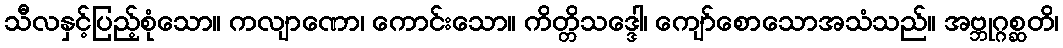
သီလနှင့်ပြည့်စုံသော။ ကလျာဏော၊ ကောင်းသော။ ကိတ္တိသဒ္ဒေါ၊ ကျော်စောသောအသံသည်။ အဗ္ဘုဂ္ဂစ္ဆတိ၊